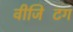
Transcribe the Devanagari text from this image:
वीजिटिंग